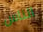
الناس